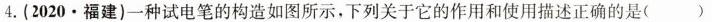
4.(2020·福建)一种试电笔的构造如图所示，下列关于它的作用和使用描述正确的是()